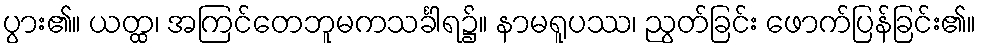
ပွား၏။ ယတ္ထ၊ အကြင်တေဘူမကသင်္ခါရ၌။ နာမရူပဿ၊ ညွတ်ခြင်း ဖောက်ပြန်ခြင်း၏။